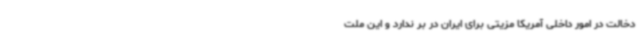
دخالت در امور داخلی آمریکا مزیتی برای ایران در بر ندارد و این ملت